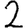
Digit: 2